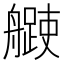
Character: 𦪨